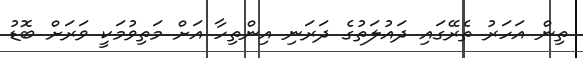
ތިން އަހަރު ތެރޭގައި ދައުލަތުގެ ދަރަނި އިންތިހާ އަށް މަތިވުމަކީ ވަރަށް ބޮޑު